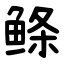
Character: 鲦